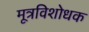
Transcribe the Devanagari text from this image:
मूत्रविशोधक